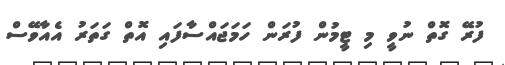
ފުރޭ ގޮތް ނުވީ މި ޓީމުން ފުރަން ހަމަޖައްސާފައި އޮތް ގަތަރު އެއާވޭސް